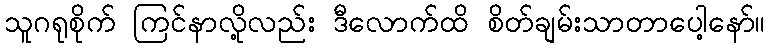
သူဂရုစိုက် ကြင်နာလို့လည်း ဒီလောက်ထိ စိတ်ချမ်းသာတာပေါ့နော်။